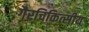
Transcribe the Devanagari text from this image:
गैरचिकित्सीय